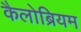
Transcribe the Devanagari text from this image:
कैलोब्रियम